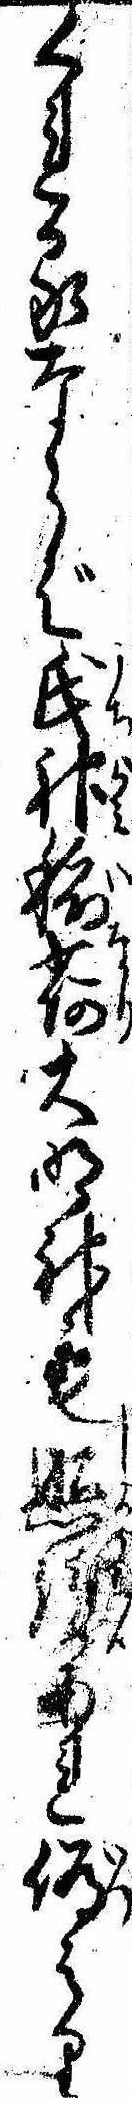
くれるならば氏神稲荷大明神も照あれ偽はり